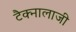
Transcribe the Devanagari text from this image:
टैक्नालाजी